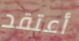
أعتقد